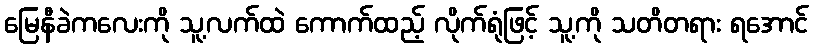
မြေနီခဲကလေးကို သူ့လက်ထဲ ကောက်ထည့် လိုက်ရုံဖြင့် သူ့ကို သတိတရား ရအောင်